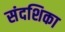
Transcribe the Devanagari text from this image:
संदशिका